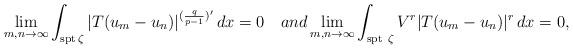
LaTeX: \begin{align*}\lim_{m,n\to\infty} \int_{\textrm{spt} \, \zeta} |T(u_m-u_n)|^{({q\over p-1})'} \,dx=0 \quad{and}\lim_{m,n\to\infty} \int_{\textrm{spt}\ \zeta} V^r |T(u_m-u_n)|^r \,dx=0,\end{align*}